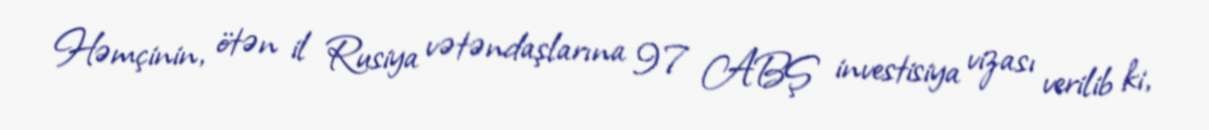
Həmçinin, ötən il Rusiya vətəndaşlarına 97 ABŞ investisiya vizası verilib ki,